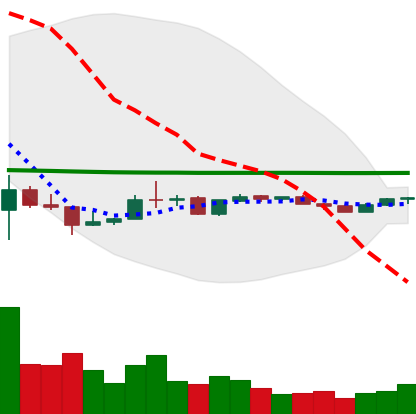
Ticker: LINK-USD
Chart end date: 2020-04-01
Forward return: 10.322%
Label: up_7plus